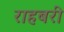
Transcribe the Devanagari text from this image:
राहबरी